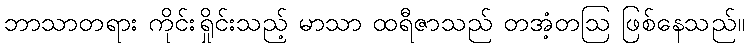
ဘာသာတရား ကိုင်းရှိုင်းသည့် မာသာ ထရီဇာသည် တအံ့တဩ ဖြစ်နေသည်။